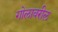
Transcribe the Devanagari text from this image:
गोलावरील